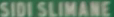
SIDI-SLIMANE